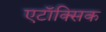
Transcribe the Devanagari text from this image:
एटॉक्सिक